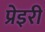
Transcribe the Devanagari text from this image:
प्रेइरी